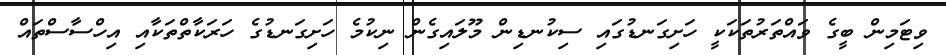
ވިޓަމިން ބީގެ ވައްތަރުތަކަކީ ހަށިގަނޑުގައި ސިކުނޑިން މޫލައިގެން ނިކުމެ ހަށިގަނޑުގެ ހަރަކާތްތަކާއި އިހްސާސްތައް